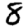
Digit: 8